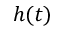
h ( t )